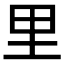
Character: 里